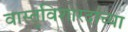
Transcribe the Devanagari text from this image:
वास्तुविशारदांच्या